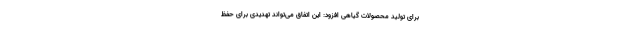
برای تولید محصولات گیاهی افزود: این اتفاق می‌تواند تهدیدی برای حفظ